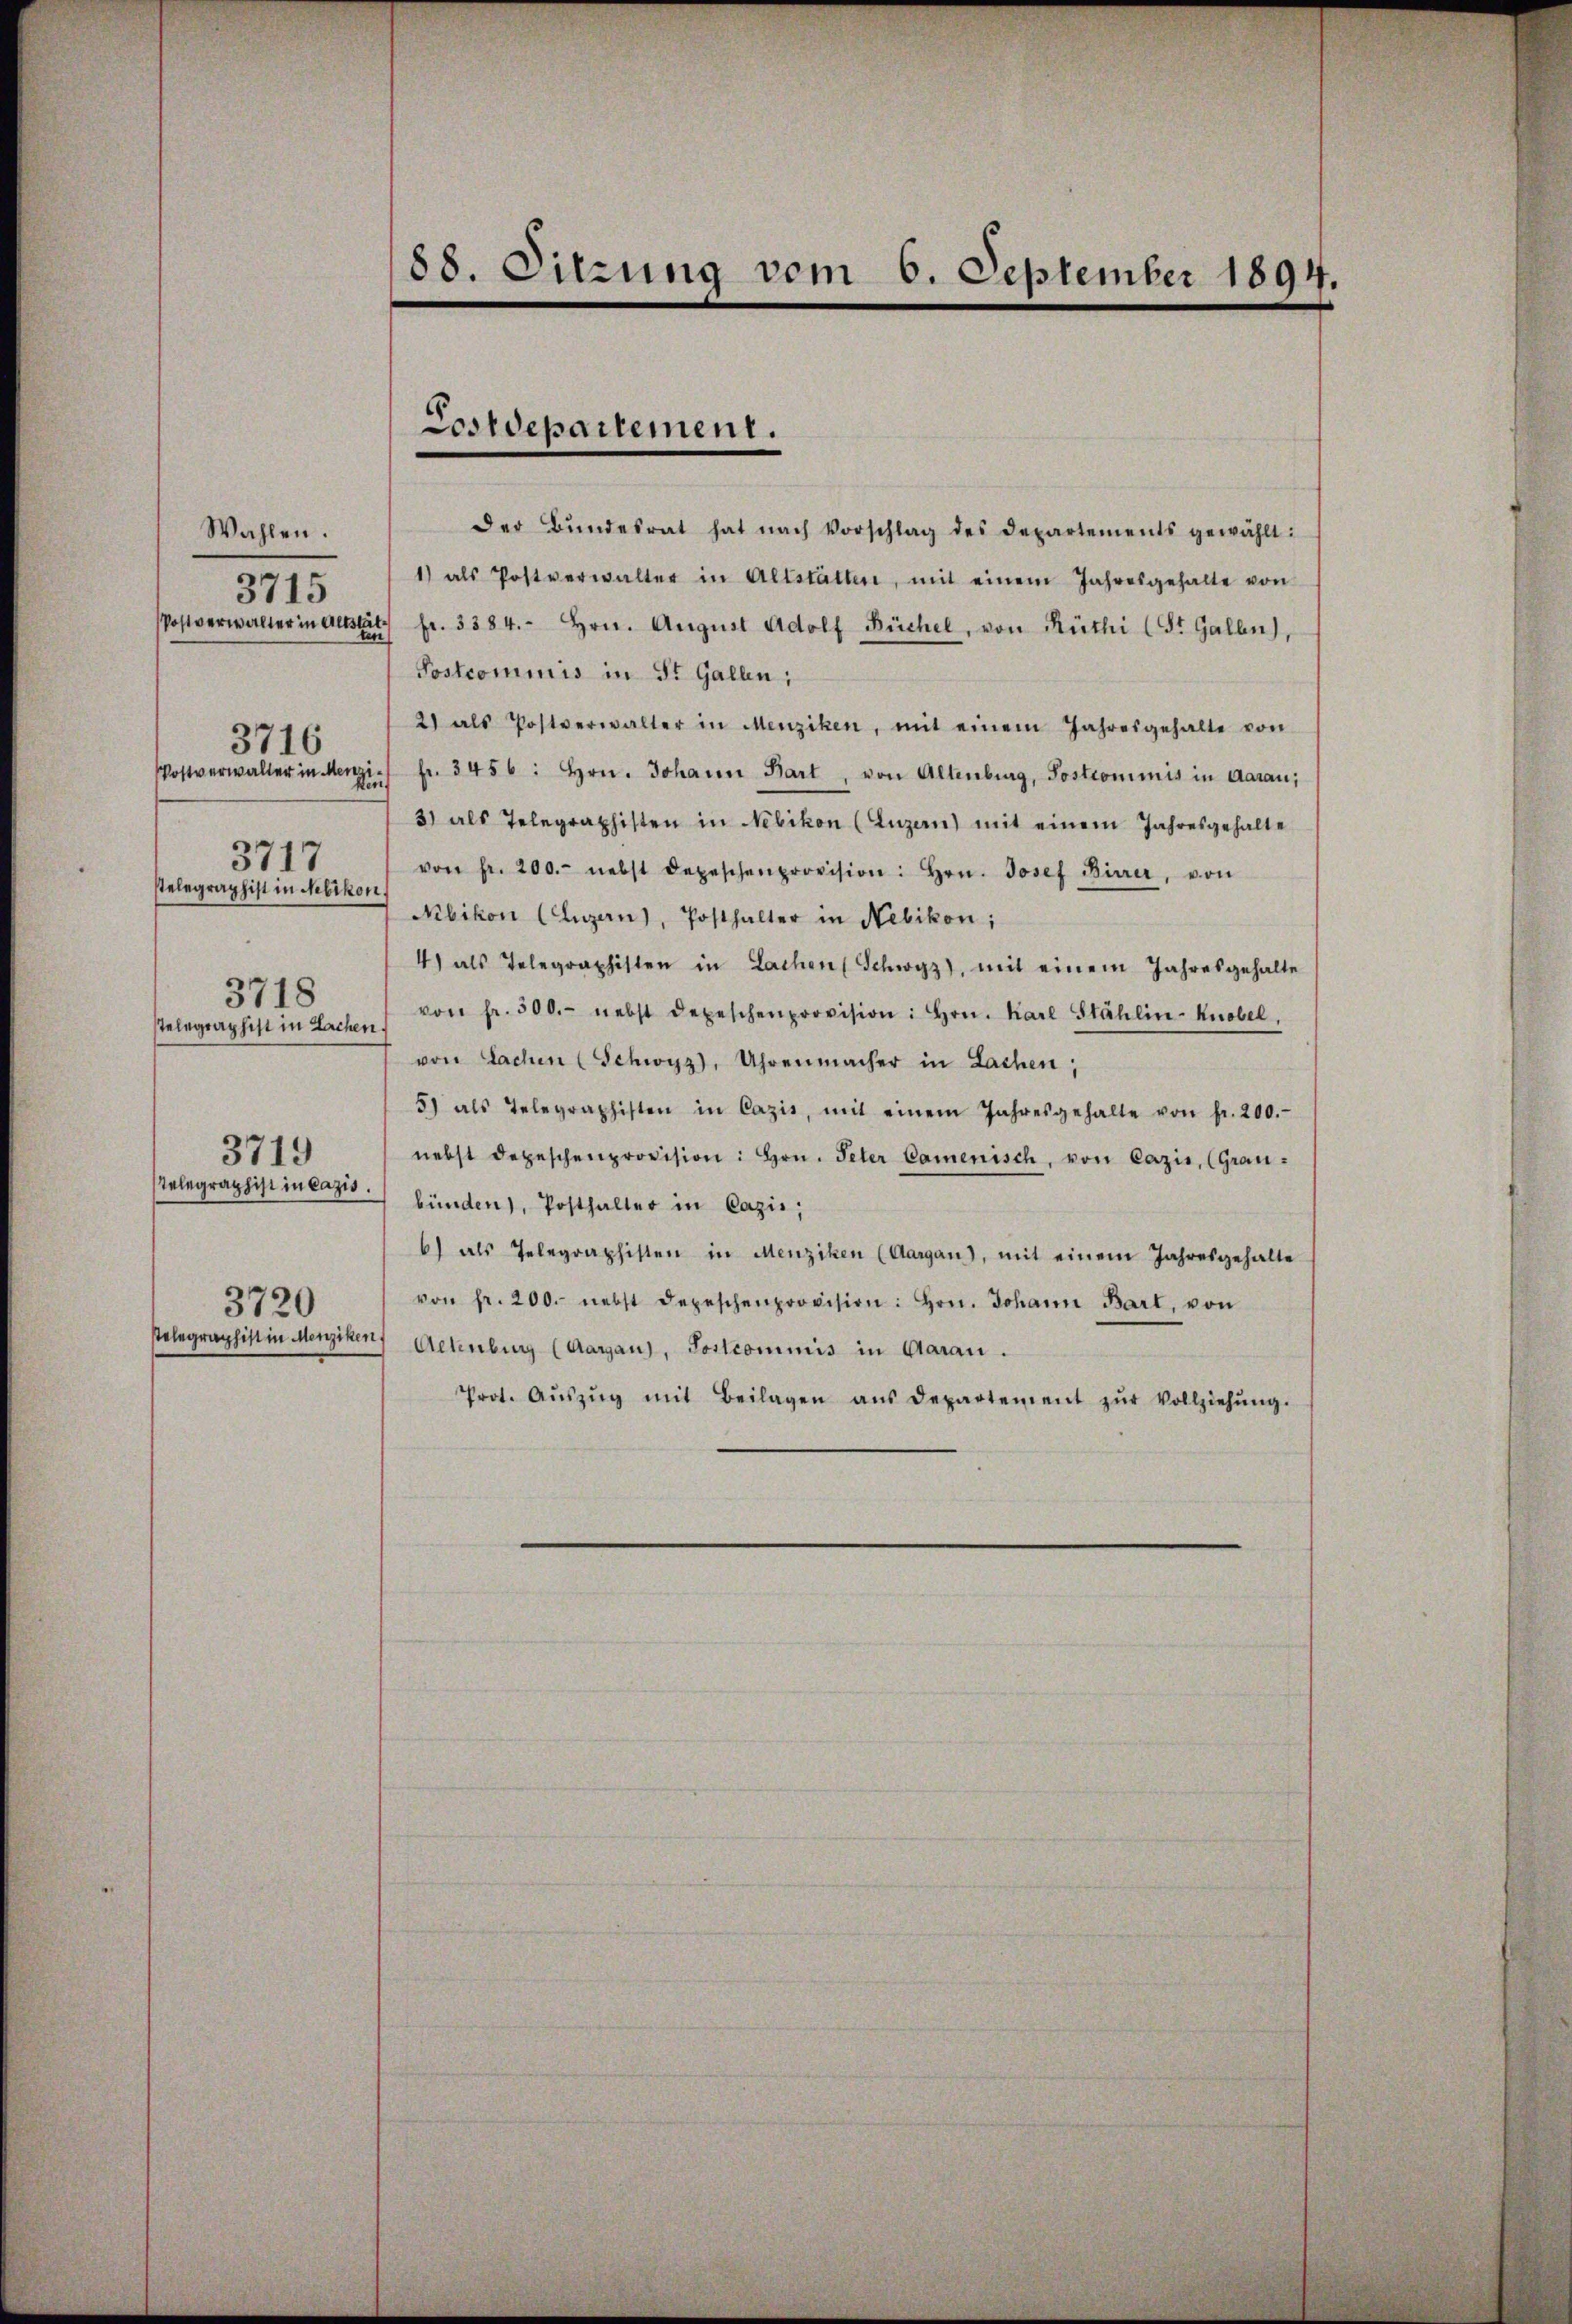
Wahlen.
Postverwalter in Altstät¬
Ein
Postverwalter in Menzi¬
Pens
stelegraphist in Nebikon.
3718
stelegraphist in Sachen.
3719
3720

3715

3716

3717

Der Bŭndesrat hat nach Vorschlag des Departements gewählt:
1) als Postverwalter in Altstalten, mit einem Jahresgehalte von
fr. 3384. Hrn. Aŭgŭst Adolf Büchel, von Rüthi (St. Gallen),
Postcommis in St. Gallen;
2) als Postverwalter in Menziken, mit einem Jahresgehalte von
fr. 3456: hrn. Johann Bart, von Altenburg, Postcommis in Aarau,
3) als Telegraphisten in Nebikon (Luzern) mit einem Jahresgehalte
von fr. 200.- nebst Depeschenprovision: hrn. Josef Birrer, von
Nibikon (Luzern), Posthalter in Nebikon;
4) als Telegraphisten in Lachen Schwyz), mit einem Jahresgehalte
von fr. 500.- nebst depeschenprovision: hrn. Karl Stählin-Knobel,
von Sachen (Schwyz, Uhrenmacher in Lachen;
5) als Telegraphisten in Cazis, mit einem Jahresgehalte von fr. 200.
nebst depeschenprovision: hrn. Peter Camenisch, von Cazis, (Grau-
elegraphist in das bünden), Posthalter in Cazin,
6) als Telegraphisten in Menziken (Aargau), mit einem Jahresgehalte
von fr. 200. nebst depeschenprovision: hrn. Johann Bart, von
stelegraphist in Menziken Achenburg (Aargau), Postcommis in Aarau.
Prot. Aŭszŭg mit Beilagen ans Departement zŭr Vollziehŭng.

88. Sitzung vom 6. September 1894.

Costdepartement.